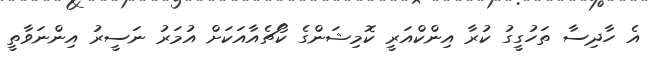
އެ ހާދިސާ ތަހުގީގު ކުރާ އިންކްއަރީ ކޮމިޝަންގެ ކޯޗެއާއަކަށް އުމަރު ނަސީރު އިންނަވާތީ